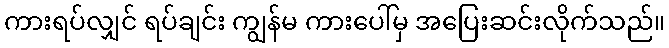
ကားရပ်လျှင် ရပ်ချင်း ကျွန်မ ကားပေါ်မှ အပြေးဆင်းလိုက်သည်။